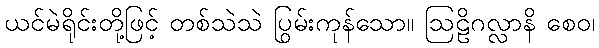
ယင်မဲရိုင်းတို့ဖြင့် တစ်သဲသဲ ပြွမ်းကုန်သော။ ဩဠိဂလ္လာနိ စေဝ၊